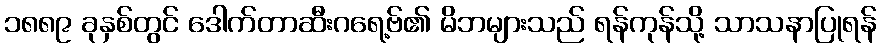
၁၈၈၉ ခုနှစ်တွင် ဒေါက်တာဆီးဂရေ့ဗ်၏ မိဘများသည် ရန်ကုန်သို့ သာသနာပြုရန်